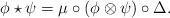
LaTeX: \begin{align*}\phi \star \psi=\mu \circ (\phi \otimes\psi) \circ \Delta.\end{align*}